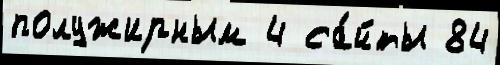
полужирным 4 са́йты 84